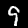
Digit: 9